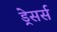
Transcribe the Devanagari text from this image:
ड्रेसर्स